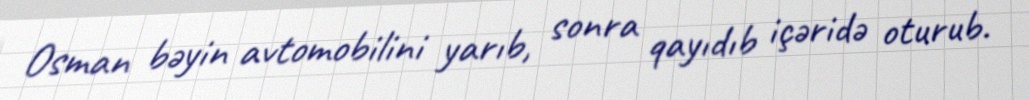
Osman bəyin avtomobilini yarıb, sonra qayıdıb içəridə oturub.